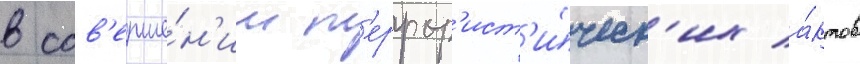
в сов'ерше́н'ии т'еррор'ист'и́ческ'их а́ктов